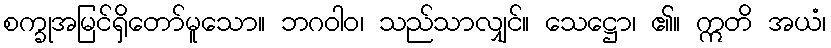
စက္ခုအမြင်ရှိတော်မူသော။ ဘဂဝါဝ၊ သည်သာလျှင်။ သေဋ္ဌော၊ ၏။ ဣတိ အယံ၊